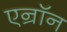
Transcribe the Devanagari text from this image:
एन्रॉन